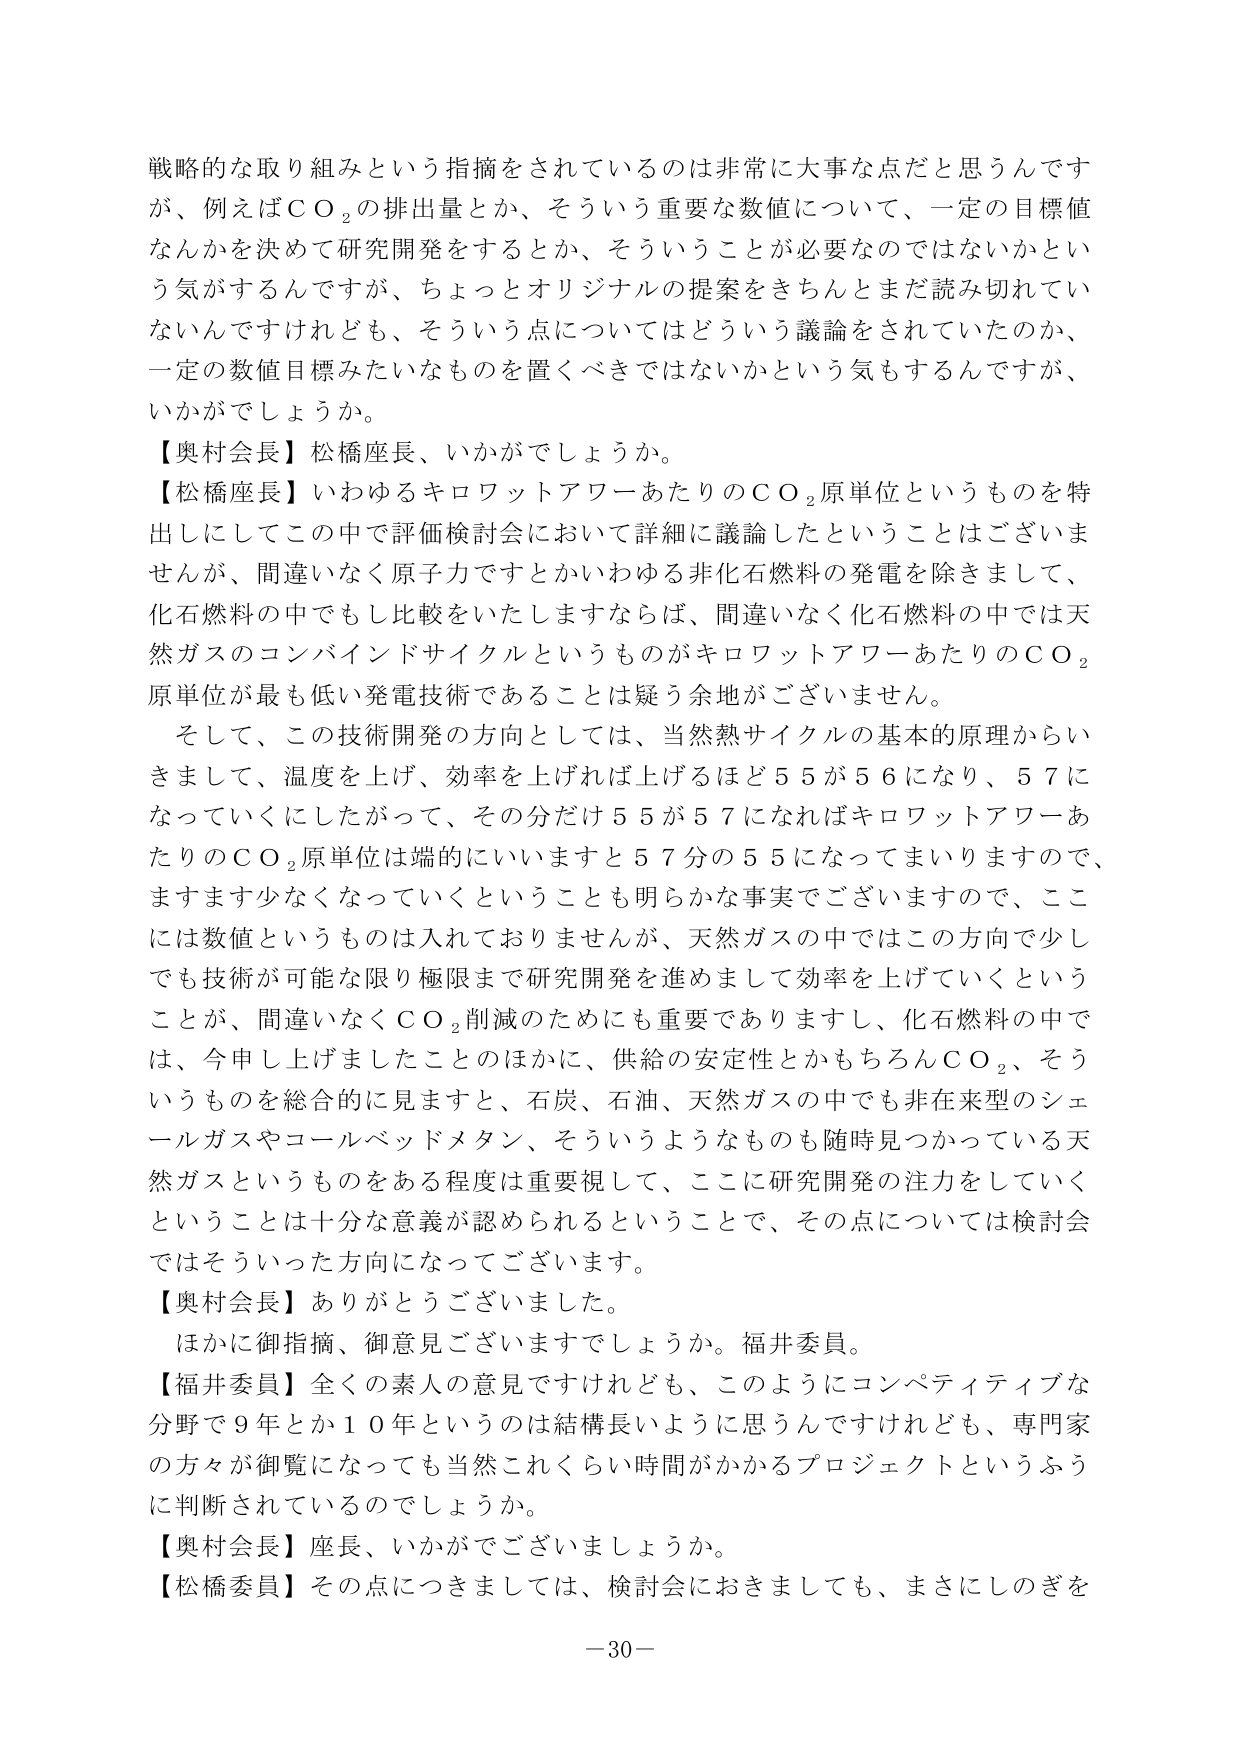
戦略的な取り組みという指摘をされているのは非常に大事な点だと思うんですが、例えばＣＯ₂の排出量とか、そういう重要な数値について、一定の目標値なんかを決めて研究開発をするとか、そういうことが必要なのではないかという気がするんですが、ちょっとオリジナルの提案をきちんとまだ読み切れていないんですけれども、そういう点についてはどういう議論をされていたのか、一定の数値目標みたいなものを置くべきではないかという気もするんですが、いかがでしょうか。

【奥村会長】松橋座長、いかがでしょうか。

【松橋座長】いわゆるキロワットアワーあたりのＣＯ₂原単位というものを特出しにしてこの中で評価検討会において詳細に議論したということはございませんが、間違いなく原子力ですとかいわゆる非化石燃料の発電を除きまして、化石燃料の中でもし比較をいたしますならば、間違いなく化石燃料の中では天然ガスのコンバインドサイクルというものがキロワットアワーあたりのＣＯ₂原単位が最も低い発電技術であることは疑う余地がございません。

そして、この技術開発の方向としては、当然熱サイクルの基本的原理からいきまして、温度を上げ、効率を上げれば上げるほど５５が５６になり、５７になっていくにしたがって、その分だけ５５が５７になればキロワットアワーあたりのＣＯ₂原単位は端的にいいますと５７分の５５になってまいりますので、ますます少なくなっていくということも明らかな事実でございますので、ここには数値というものは入れておりませんが、天然ガスの中ではこの方向で少しでも技術が可能な限り極限まで研究開発を進めまして効率を上げていくということが、間違いなくＣＯ₂削減のためにも重要でありますし、化石燃料の中では、今申し上げましたことのほかに、供給の安定性とかもちろんＣＯ₂、そういうものを総合的に見ますと、石炭、石油、天然ガスの中でも非在来型のシェールガスやコールベッドメタン、そういうようなものも随時見つかっている天然ガスというものをある程度は重要視して、ここに研究開発の注力をしていくということは十分な意義が認められるということで、その点については検討会ではそういった方向になってございます。

【奥村会長】ありがとうございました。

ほかに御指摘、御意見ございますでしょうか。福井委員。

【福井委員】全くの素人の意見ですけれども、このようにコンペティティブな分野で９年とか１０年というのは結構長いように思うんですけれども、専門家の方々が御覧になっても当然これくらい時間がかかるプロジェクトというふうに判断されているのでしょうか。

【奥村会長】座長、いかがでございましょうか。

【松橋委員】その点につきましては、検討会におきましても、まさにしのぎを

－30－